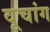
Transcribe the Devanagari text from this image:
वूचांग